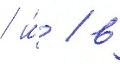
/ и́ / в